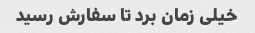
خیلی زمان برد تا سفارش رسید